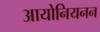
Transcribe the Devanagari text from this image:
आयोनियनन